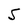
Character: 5